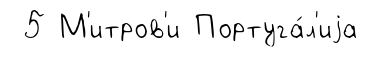
5 М'итров'и Португа́л'иjа